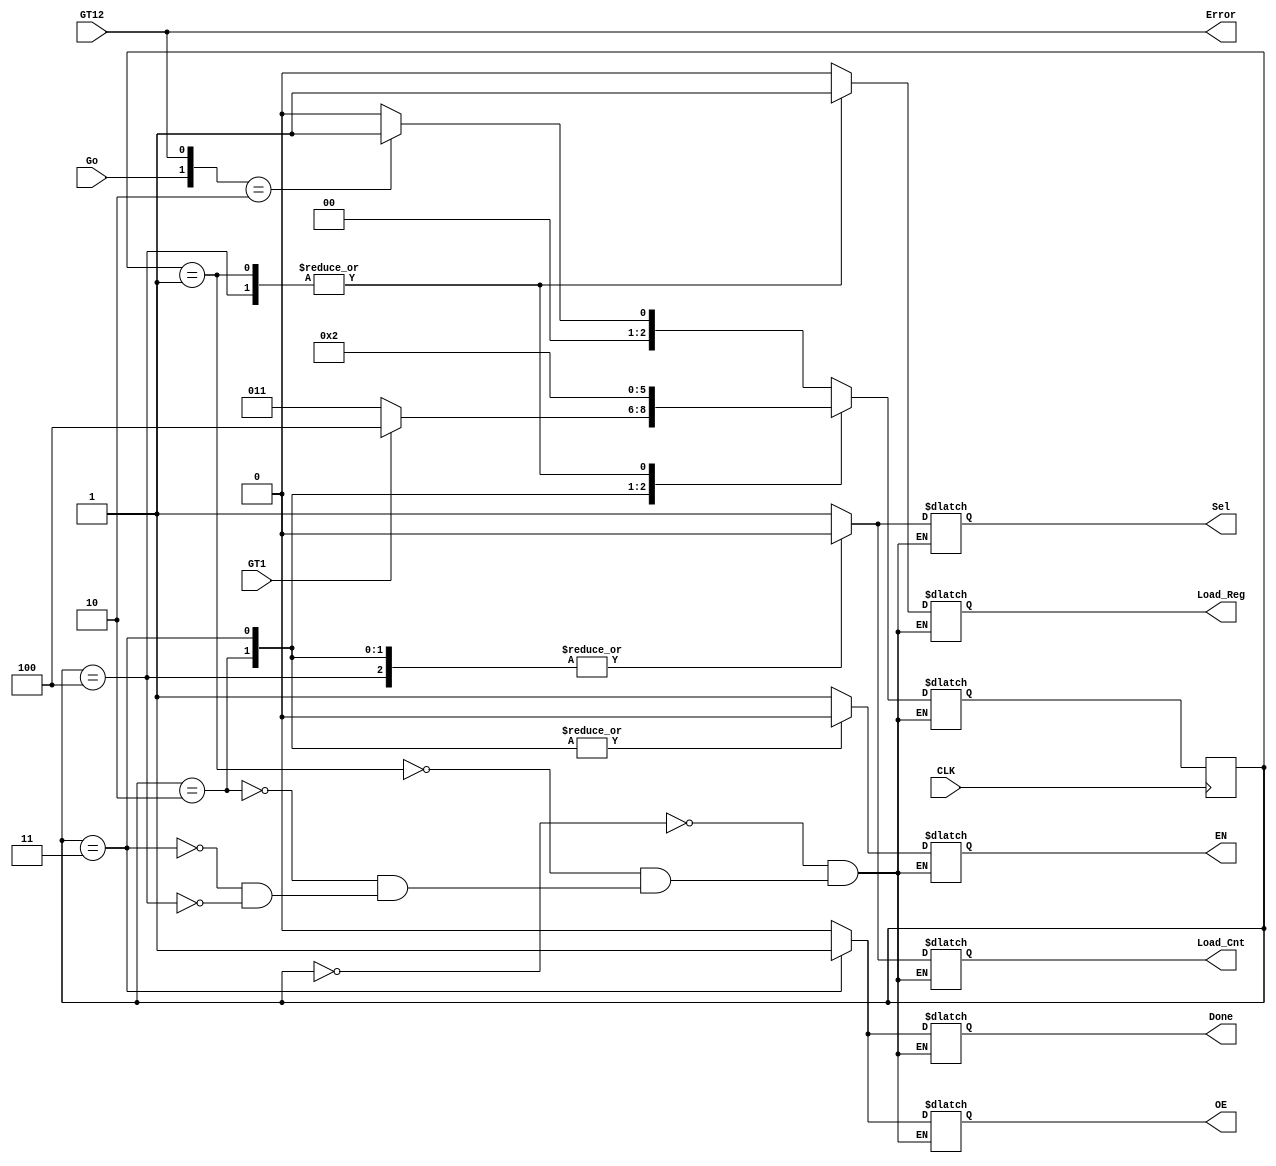
`timescale 1ns / 1ps
//////////////////////////////////////////////////////////////////////////////////
// Company: 
// Engineer: 
// 
// Design Name: 
// Module Name: FA_Controlpath
// Project Name: 
// Target Devices: 
// Tool Versions: 
// Description: 
// 
// Dependencies: 
// 
// Revision:
// Revision 0.01 - File Created
// Additional Comments:
// 
//////////////////////////////////////////////////////////////////////////////////


module FA_Controlpath(
    input CLK,
    input Go,
    input GT1,
    input GT12,
    output reg Sel,
    output reg Load_Reg,
    output reg Load_Cnt,
    output reg OE,
    output reg EN,
    output Done,
    output Error
    );
    reg[2:0] CurrState=0, NextState;
    reg Err_Flag = 0, Done_Flag = 0;
    
    assign Error = GT12;
    assign Done = Done_Flag;
    
    //Initialize the states
    parameter S0 = 3'd0, S1 = 3'd1, S2 = 3'd2, S3 = 3'd3, S4 = 3'd4;
    
    always @ (CurrState, Go)
        begin
            case (CurrState)
                S0: //Idle State
                case({Go, GT12})
                    //Idle State and Go='1', GT12='1'
                    2'b11: {NextState, Err_Flag} <= {S0, 1'b1};
                    
                    //Idle State and Go='1', GT12='0'
                    2'b10: {NextState, Err_Flag} <= {S1, 1'b0};
                    
                    //Idle State and Go='0', GT12='0/1'
                    2'b0?: {NextState, Err_Flag} <= {S0, 1'b0};
                    
                    default: NextState = S0;
                endcase
                
                //Next State will directly be S2
                S1: NextState <= S2;
                
                //Next State will depend on GT1 value
                S2: NextState <= GT1 ? S4 : S3;
                
                //Next State will directly be S0
                S3: NextState <= S0;
                
                //Next State will directly be S2
                S4: NextState <= S2;
            endcase
       end
       
       always @(posedge CLK)
        CurrState = NextState;
        
        always @(CurrState)
        begin
            case(CurrState)
                S0: //Idle State
                begin
                    {Sel, Load_Cnt, EN, Load_Reg, OE, Done_Flag} <= 6'b1_1_1_0_0_0;
                end
                S1: //Load Register with '1' and Load Counter with n
                begin
                    {Sel, Load_Cnt, EN, Load_Reg, OE, Done_Flag} <= 6'b1_1_1_1_0_0;
                end
                S2: //Conditional state
                begin
                    {Sel, Load_Cnt, EN, Load_Reg, OE, Done_Flag} <= 6'b0_0_0_0_0_0;
                end
                S3: //Output is ready and Done is set to '1'
                begin
                    {Sel, Load_Cnt, EN, Load_Reg, OE, Done_Flag} <= 6'b0_0_0_0_1_1;
                end
                S4: //Decrement the counter and Load the register after multiplication
                begin
                    {Sel, Load_Cnt, EN, Load_Reg, OE, Done_Flag} <= 6'b0_0_1_1_0_0;
                end
            endcase
        end
endmodule